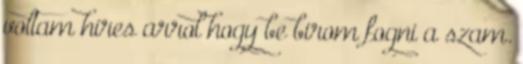
voltam hires arrol hogy be birom fogni a szam.